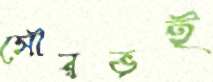
সৌরভই